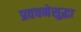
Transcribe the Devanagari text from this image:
प्रवचनेसुद्धा